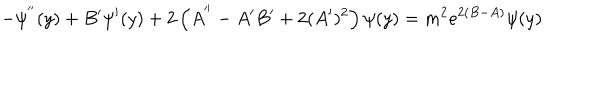
- \psi ^ { ' ^ { \prime } } ( y ) + B ^ { \prime } \psi ^ { \prime } ( y ) + 2 \left( A ^ { ' ^ { \prime } } - A ^ { \prime } B ^ { \prime } + 2 ( A ^ { \prime } ) ^ { 2 } \right) \psi ( y ) = m ^ { 2 } e ^ { 2 ( B - A ) } \psi ( y )